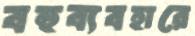
বহুব্যবহারে